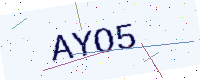
Text: AYO5